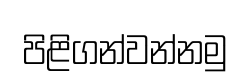
පිළිගන්වන්නමු